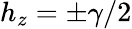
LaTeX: h_{z}=\pm\gamma/2